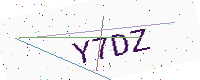
Text: Y7DZ